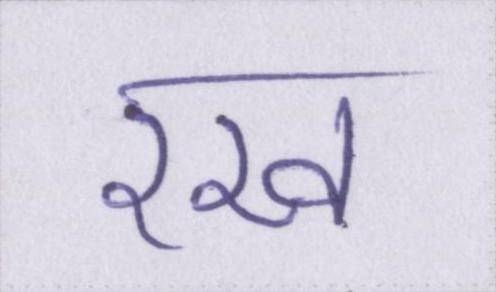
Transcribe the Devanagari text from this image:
रख